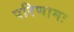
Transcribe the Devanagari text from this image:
परिणामः